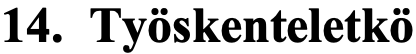
14. Työskenteletkö